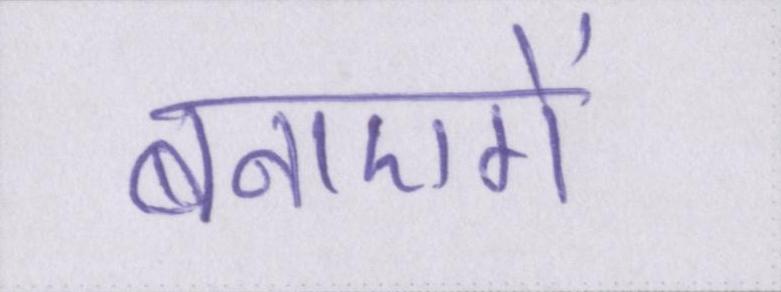
बनाएगें